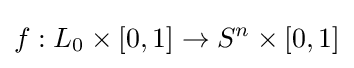
f:L_{0}\times [0,1]\to S^{n}\times [0,1]